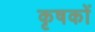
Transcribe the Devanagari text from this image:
कृषकाें